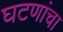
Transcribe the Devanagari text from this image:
घटणांचा